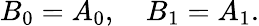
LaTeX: B_{0}=A_{0},\quad B_{1}=A_{1}.